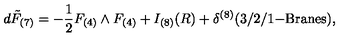
d \tilde { F } _ { ( 7 ) } = - \frac { 1 } { 2 } F _ { ( 4 ) } \wedge F _ { ( 4 ) } + I _ { ( 8 ) } ( R ) + \delta ^ { ( 8 ) } ( 3 / 2 / 1 \mathrm { - B r a n e s } ) ,